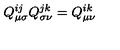
Q _ { \mu \sigma } ^ { i j } Q _ { \sigma \nu } ^ { j k } = Q _ { \mu \nu } ^ { i k }